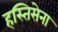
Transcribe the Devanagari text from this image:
हस्तिसेना